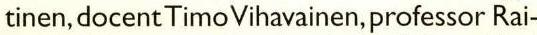
tinen, docent Timo Vihavainen, professor Rai-